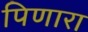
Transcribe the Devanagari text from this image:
पिणारा